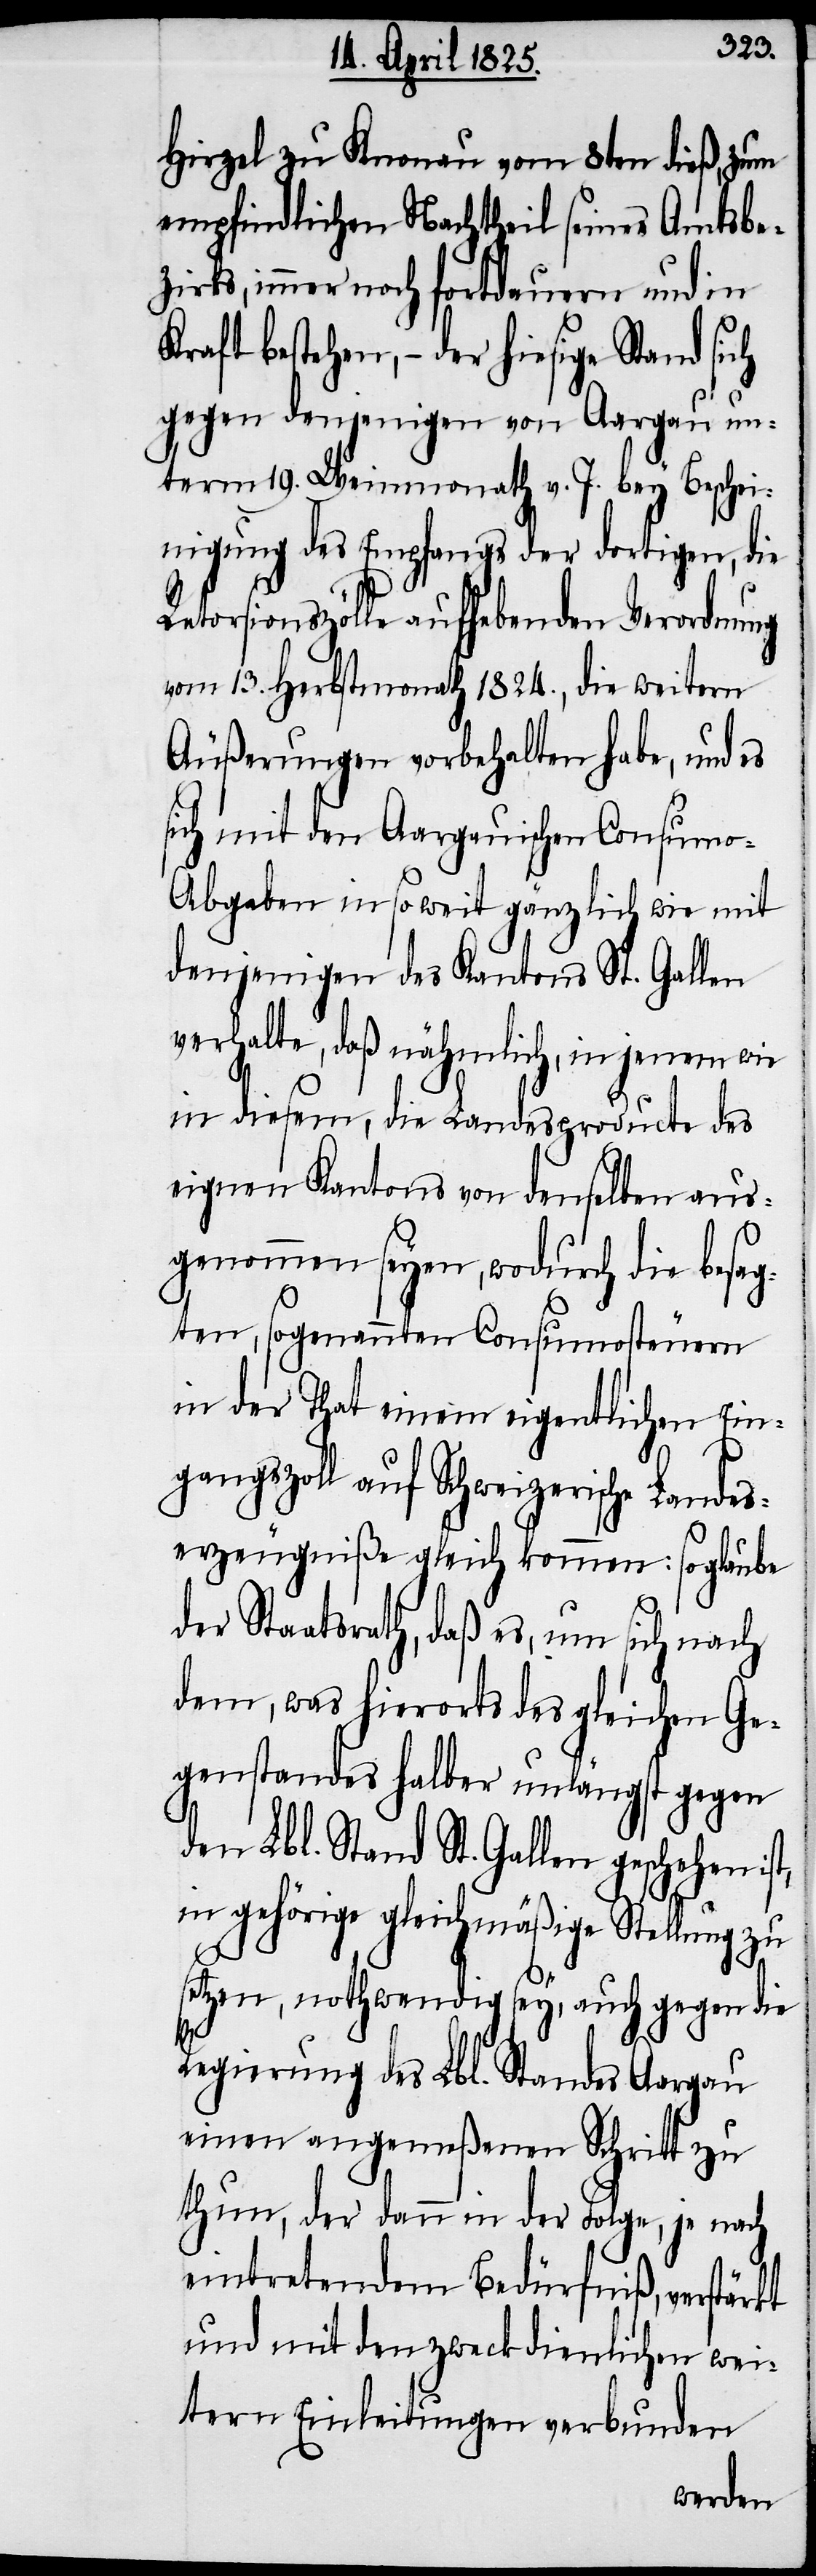
Hirzel zu Knonau vom 8ten dieß, zum
empfindlichen Nachtheil seines Amtsbe¬
zirks, immer noch fortdauern und in
Kraft bestehen, − der hiesige Stand sich
gegen denjenigen von Aargau un¬
term 19. Weinmonath v. J. bey Beschei¬
nigung des Empfangs der dortigen, die
Retorsionszölle aufhebenden Verordnung
vom 13. Herbstmonath 1824., die weitern
Äußerungen vorbehalten habe, und es
sich mit den Aargauischen Consumo-A¬
bgaben in so weit gänzlich wie mit
denjenigen des Kantons St. Gallen
verhalte, daß nähmlich, in jenem wie
in diesem, die Landesproducte des
eignen Kantons von denselben aus¬
genommen seyen, wodurch die besag¬
ten, sogenannten Consumosteuern
in der That einem eigentlichen Ein¬
gangszoll auf Schweizerische Landes¬
erzeugniße gleich kommen: so glaube
der Staatsrath, daß es, um sich nach
dem, was hierorts des gleichen Ge¬
genstandes halber unlängst gegen
den Lbl. Stand St. Gallen geschehen
in gehörige gleichmäßige Stellung zu
setzen, nothwendig sey, auch gegen die
Regierung des Lbl. Standes Aargau
einen angemeßenen Schritt zu
thun, der dann in der Folge, je nach
eintretendem Bedürfniß, verstärkt
und mit den zweckdienlichen wei¬
tern Einleitungen verbunden